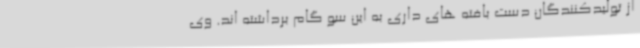
از تولیدکنندگان دست بافته های داری به این سو گام برداشته اند. وی